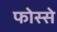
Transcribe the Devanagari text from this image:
फोस्से